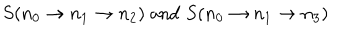
S ( n _ { 0 } \to n _ { 1 } \to n _ { 2 } ) \; \mathrm { a n d } \; S ( n _ { 0 } \to n _ { 1 } \to n _ { 3 } )